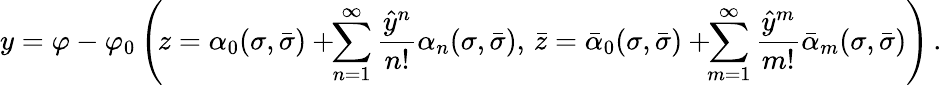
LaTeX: y=\varphi-\varphi_{0}\left(\! z=\alpha_{0}(\sigma,\bar{\sigma})+\! \! \sum_{n=1}^{\infty}\frac{{\hat{y}}^{n}}{n!}\alpha_{n}(\sigma,\bar{\sigma}),\, \bar{z}=\bar{\alpha}_{0}(\sigma,\bar{\sigma})+\! \! \sum_{m=1}^{\infty}\frac{{\hat{y}}^{m}}{m!}\bar{\alpha}_{m}(\sigma,\bar{\sigma})\right)\, .